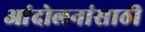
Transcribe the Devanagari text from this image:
आंदोलनांसाठी